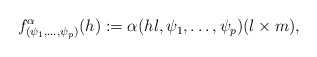
\begin{align*}\begin{aligned}f_{(\psi_1,\dots,\psi_{p})}^\alpha (h):=\alpha(hl,\psi_1,\dots,\psi_{p})(l\times m),\end{aligned}\end{align*}